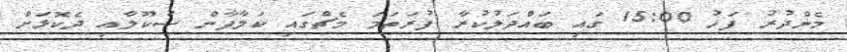
މެންދުރު ފަހު 15:00 ގައި ބައްދަލުކުރާ ފުުރަތަމަ މެޗްގައި ކަލާފާން ސުކޫލާއި ދެކޮޅަށް